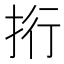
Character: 𢫱